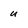
Character: u